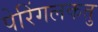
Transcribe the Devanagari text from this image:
पेरिंगलकतु